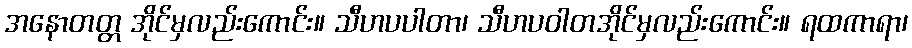
အနောတတ္တ အိုင်မှလည်းကောင်း။ သီဟပပါတာ၊ သီဟပဝါတအိုင်မှလည်းကောင်း။ ရထကာရာ၊